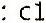
: C1